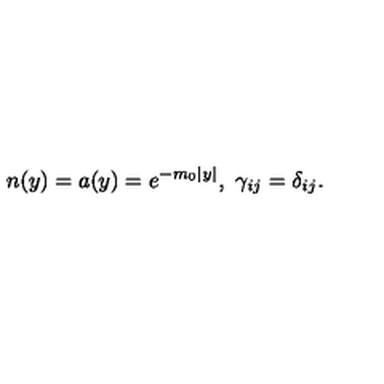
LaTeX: n ( y ) = a ( y ) = e ^ { - m _ { 0 } | y | } , \ \gamma _ { i j } = \delta _ { i j } .